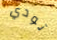
تودي